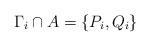
LaTeX: \begin{align*}\Gamma_i\cap A=\{P_i,Q_i\}\end{align*}